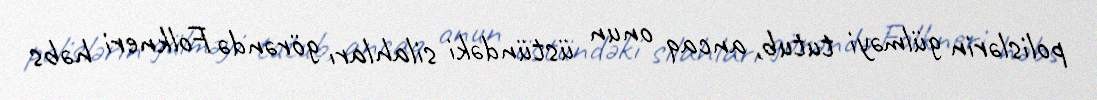
polislərin gülməyi tutub, ancaq onun üstündəki silahları görəndə Folkneri həbs